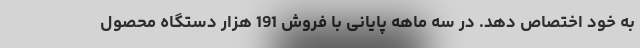
به خود اختصاص دهد. در سه ماهه پایانی با فروش 191 هزار دستگاه محصول